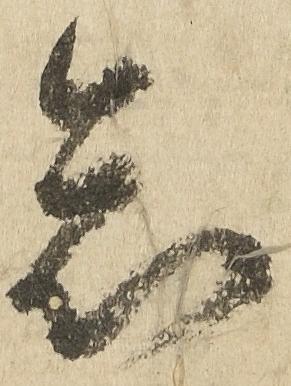
怠